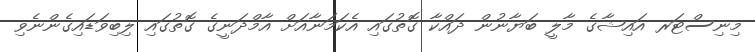
މިނިސްޓަރ އައިޝާގެ މާލީ ބަޔާނުން ދައްކާ ގޮތުގައި އެކަމަނާއަށް އާމްދަނީގެ ގޮތުގައި ލިބިވަޑައިގެންނެވި